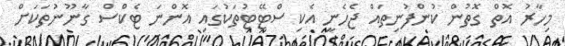
މިހާރު އޮތް ގޮތުން ކުންފުނިތައް ޖެހެނީ އެކި ސްޓޭޓުތަކުގައި އޮންނަ ޓެކްސް ގާނޫނުތަކަށް